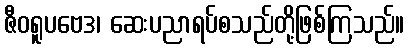
ဇီဝရူပဗေဒ၊ ဆေးပညာရပ်စသည်တို့ဖြစ်ကြသည်။